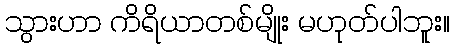
သွားဟာ ကိရိယာတစ်မျိုး မဟုတ်ပါဘူး။